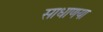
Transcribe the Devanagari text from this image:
साधाणया